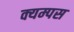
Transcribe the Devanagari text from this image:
क्यम्पस